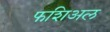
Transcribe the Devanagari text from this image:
फशिअल